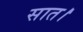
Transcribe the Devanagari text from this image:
सात।